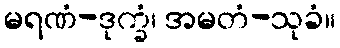
မရဏံ-ဒုက္ခံ၊ အမတံ-သုခံ။